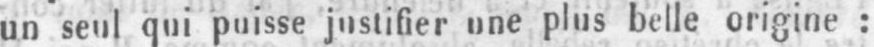
un seul qui puisse justifier une plus belle origine: